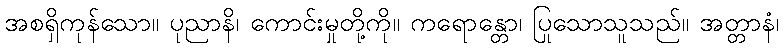
အစရှိကုန်သော။ ပုညာနိ၊ ကောင်းမှုတို့ကို။ ကရောန္တော၊ ပြုသောသူသည်။ အတ္တာနံ၊